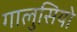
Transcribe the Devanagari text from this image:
गालुसियो